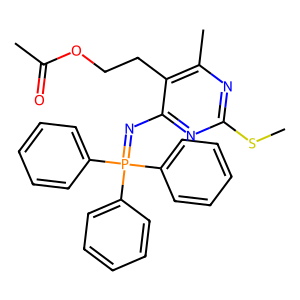
SMILES: CSc1nc(C)c(CCOC(C)=O)c(N=P(c2ccccc2)(c2ccccc2)c2ccccc2)n1
Inhibits HIV replication: No